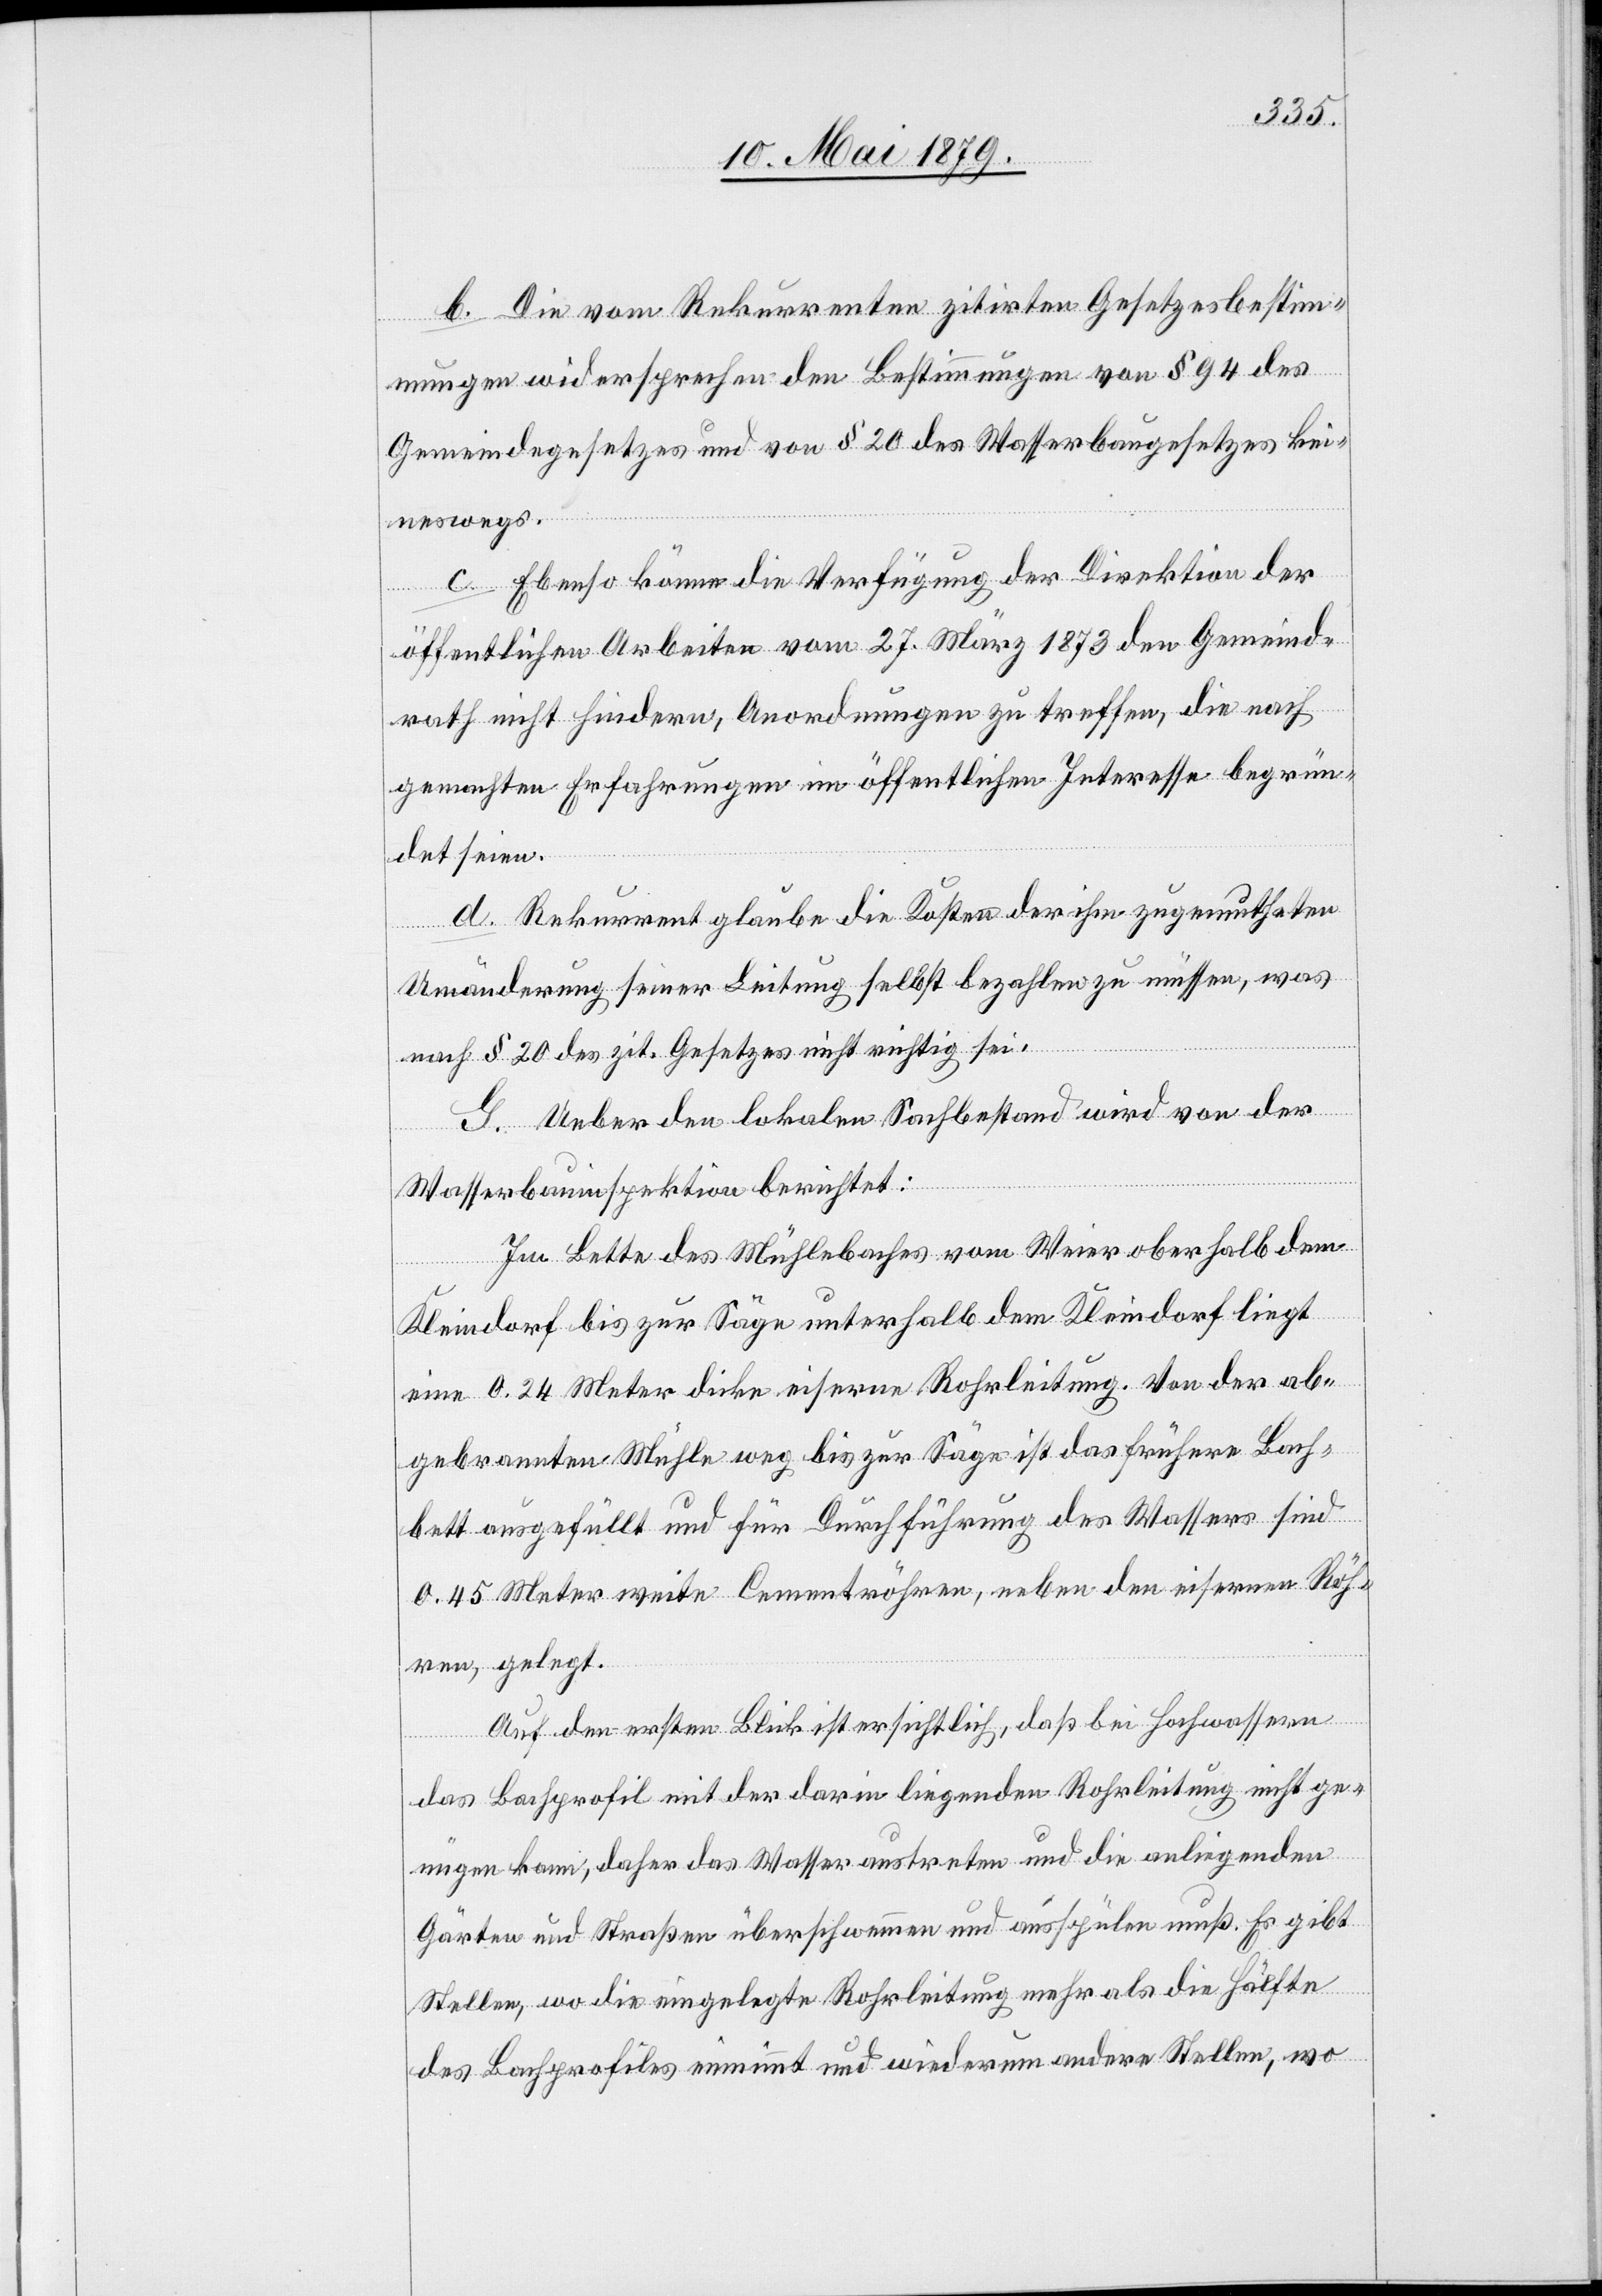
b. Die vom Rekurrenten zitirten Gesetzesbestim¬
mungen widersprechen den Bestimmungen von § 94 des
Gemeindegesetzes und von § 20 des Wasserbaugesetzes kei¬
neswegs.
c. Ebenso könne die Verfügung der Direktion der
öffentlichen Arbeiten vom 27. März 1873 den Gemeind¬
rath nicht hindern, Anordnungen zu treffen, die nach
gemachten Erfahrungen im öffentlichen Interesse begrün¬
det seien.
d. Rekurrent glaube die Kosten der ihm zugemutheten
Umänderung seiner Leitung selbst bezahlen zu müssen, was
nach § 20 des zit. Gesetzes nicht richtig sei.
G. Ueber den lokalen Sachbestand wird von der
Wasserbauinspektion berichtet:
Im Bette des Mühlebaches vom Weier oberhalb dem
Kleindorf bis zur Säge unterhalb dem Kleindorf liegt
eine 0.24 Meter dicke eiserne Rohrleitung. Von der ab¬
gebrannten Mühle weg bis zur Säge ist das frühere Bach¬
bett ausgefüllt und für Durchführung des Wassers sind
0.45 Meter weite Cementröhren, neben den eisernen Röh¬
ren, gelegt.
Auf den ersten Blick ist ersichtlich, daß bei Hochwassern
das Bachprofil mit der darin liegenden Rohrleitung nicht ge¬
nügen kann, daher das Wasser austreten und die anliegenden
Gärten und Straßen überschwemmen und ausspülen muß. Es gibt
Stellen, wo die eingelegte Rohrleitung mehr als die Hälfte
des Bachprofiles einnimmt und wiederum andere Stellen, wo